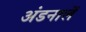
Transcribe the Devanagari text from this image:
अंडनालें